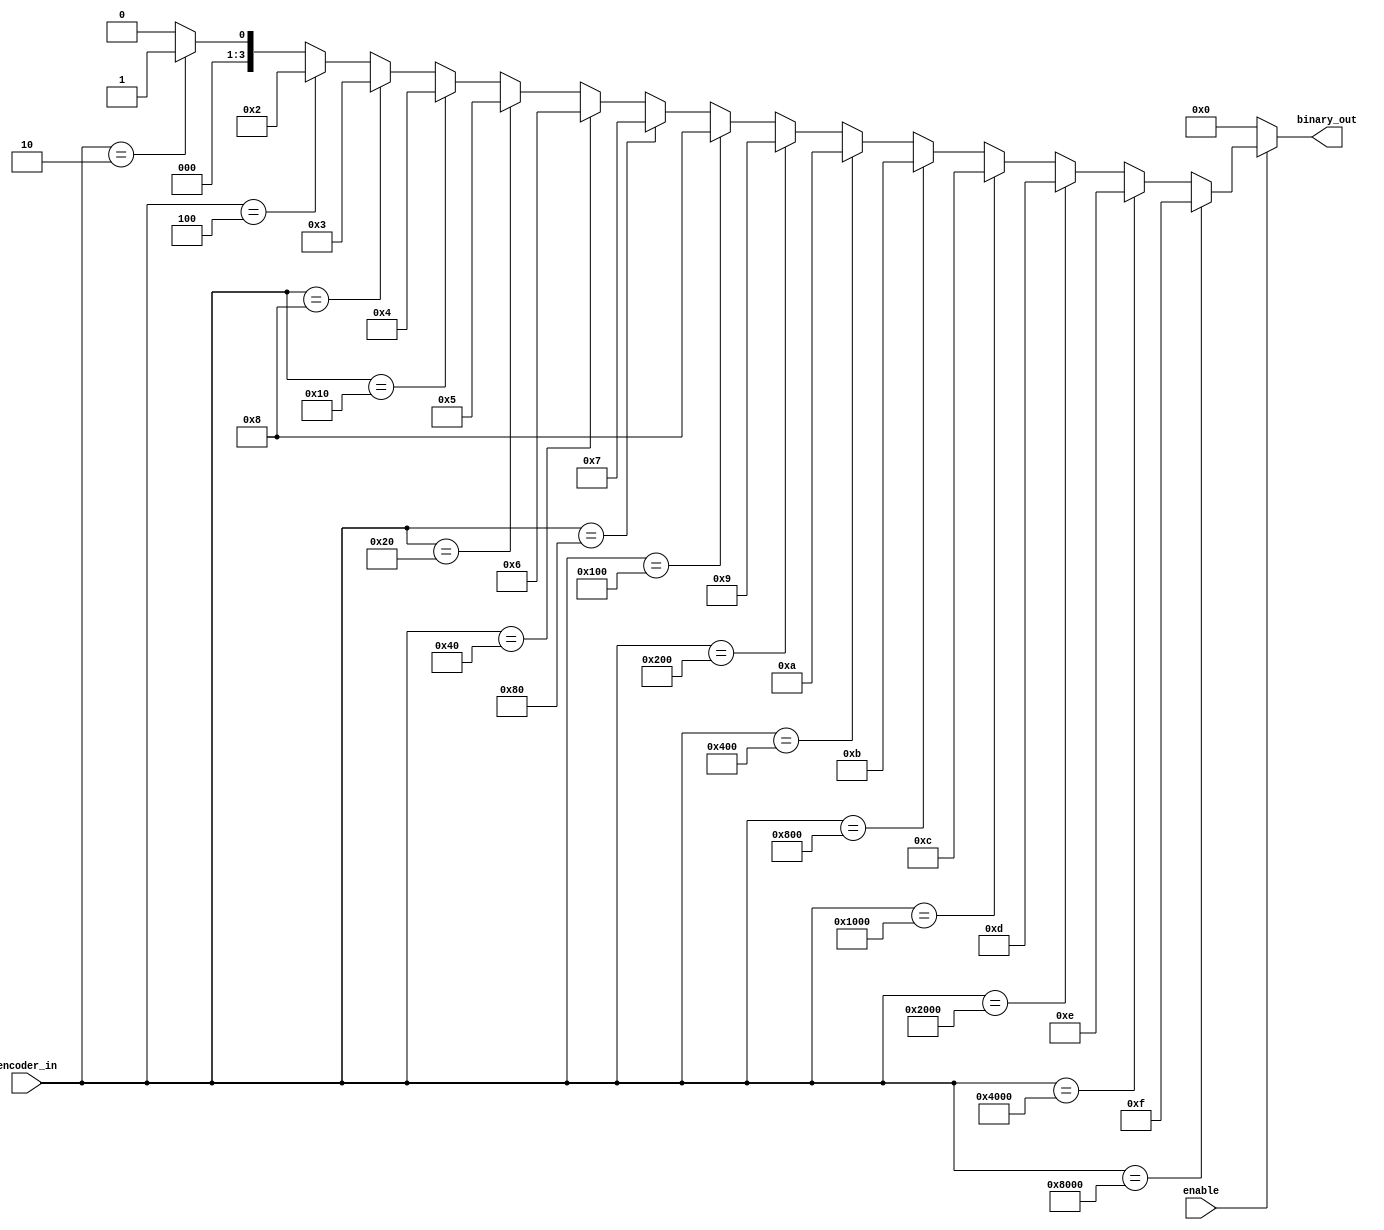
module b2_enc_if(
   input [15:0] encoder_in,
   output reg [3:0] binary_out,
   input enable
  );

 always @ (*)
   begin
    binary_out = 0;
    if (enable) begin
		 if (encoder_in == 16'h1)        begin binary_out = 0;
		 end if (encoder_in == 16'h2)    begin binary_out = 1;
		 end if (encoder_in == 16'h4)    begin binary_out = 2;
		 end if (encoder_in == 16'h8)    begin binary_out = 3;
		 end if (encoder_in == 16'h10)   begin binary_out = 4;
		 end if (encoder_in == 16'h20)   begin binary_out = 5;
		 end if (encoder_in == 16'h40)   begin binary_out = 6;
		 end if (encoder_in == 16'h80)   begin binary_out = 7;
		 end if (encoder_in == 16'h100)  begin binary_out = 8;
		 end if (encoder_in == 16'h200)  begin binary_out = 9;
		 end if (encoder_in == 16'h400)  begin binary_out = 10;
		 end if (encoder_in == 16'h800)  begin binary_out = 11;
		 end if (encoder_in == 16'h1000) begin binary_out = 12;
		 end if (encoder_in == 16'h2000) begin binary_out = 13;
		 end if (encoder_in == 16'h4000) begin binary_out = 14;
		 end if (encoder_in == 16'h8000) begin binary_out = 15;
		 end
    end
  end

endmodule